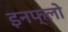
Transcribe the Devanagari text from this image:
इनफ्लो